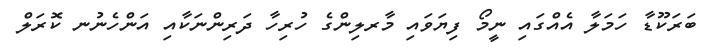
ބަރަކޫޑާ ހަމަލާ އެއްގައި ނީމޯ ފިޔަވައި މާރލިންގެ ހުރިހާ ދަރިންނަކާއި އަންހެނުނ ކޮރަލް